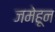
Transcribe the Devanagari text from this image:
जमेहून